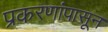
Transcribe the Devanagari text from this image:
प्रकरणांपासून